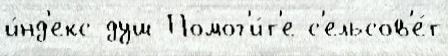
и́нд'екс душ Помог'и́т'е с'ельсов'е́т